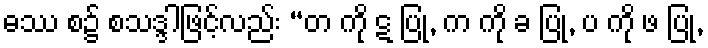
ဓဿ စ၌ စသဒ္ဒါဖြင့်လည်း “တ ကို ဋ ပြု, က ကို ခ ပြု, ပ ကို ဖ ပြု,